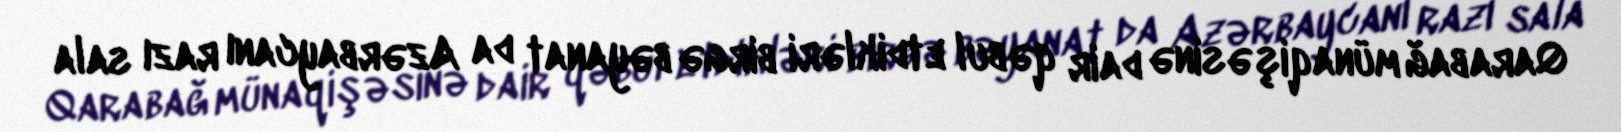
Qarabağ münaqişəsinə dair qəbul etdikləri birgə bəyanat da Azərbaycanı razı sala